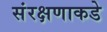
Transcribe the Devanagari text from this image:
संरक्षणाकडे